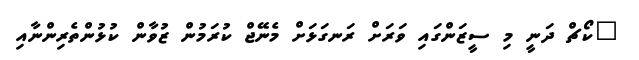
"ކޯޗް ދަނީ މި ސީޒަންގައި ވަރަށް ރަނގަޅަށް މެނޭޖް ކުރަމުން ޒުވާން ކުޅުންތެރިންނާއި